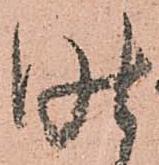
昨